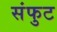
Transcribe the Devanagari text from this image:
संफुट